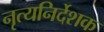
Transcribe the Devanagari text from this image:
नृत्यनिर्देशक